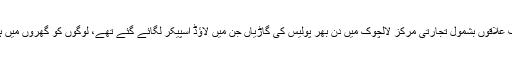
انہوں نے کہا کہ شہر کے مختلف علاقوں بشمول تجارتی مرکز لالچوک میں دن بھر پولیس کی گاڑیاں جن میں لاؤڈ اسپیکر لگائے گئے تھے، لوگوں کو گھروں میں ہی بیٹھنے کا اعلان کر رہی تھی۔